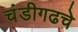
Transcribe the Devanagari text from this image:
चंडीगढचे